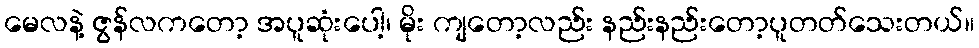
မေလနဲ့ ဇွန်လကတော့ အပူဆုံးပေါ့၊ မိုး ကျတော့လည်း နည်းနည်းတော့ပူတတ်သေးတယ်။